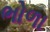
ભોળા